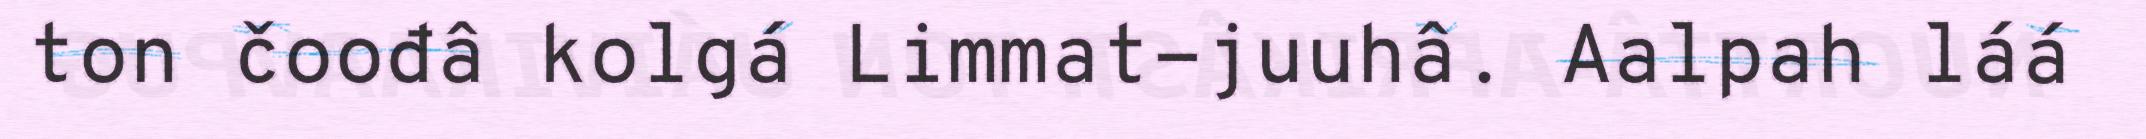
ton čoođâ kolgá Limmat-juuhâ. Aalpah láá